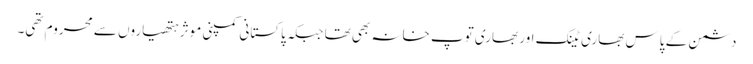
دشمن کے پاس بھاری ٹینک اور بھاری توپ خانہ بھی تھا جبکہ پاکستانی کمپنی موثر ہتھیاروں سے محروم تھی۔